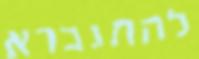
להתגברא